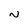
Character: N